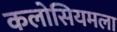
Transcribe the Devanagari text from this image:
कलोसियमला